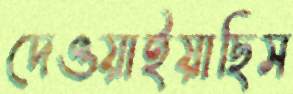
দেওয়াইয়াছিস